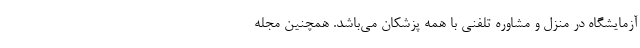
آزمایشگاه در منزل و مشاوره تلفنی با همه پزشکان می‌باشد. همچنین مجله